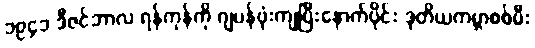
၁၉၄၁ ဒီဇင်ဘာလ ရန်ကုန်ကို ဂျပန်ဗုံးကျပြီးနောက်ပိုင်း ဒုတိယကမ္ဘာစစ်မီး